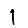
Digit: 1